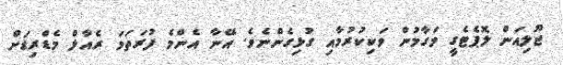
ޖޫލިއަން ލޮޕެޓެގީ މަގާމުން ވަކިކުރުމާއި ގުޅިގެންނެވެ. އޭނާ އެންމެ ފުރަތަމަ ރެއާލް މެޑްރިޑަށް